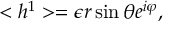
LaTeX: < h ^ { 1 } > = \epsilon r \sin \theta e ^ { i \varphi } ,